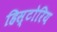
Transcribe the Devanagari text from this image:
हिस्टोरिय